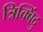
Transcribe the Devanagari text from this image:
त्रिक्बिंदु